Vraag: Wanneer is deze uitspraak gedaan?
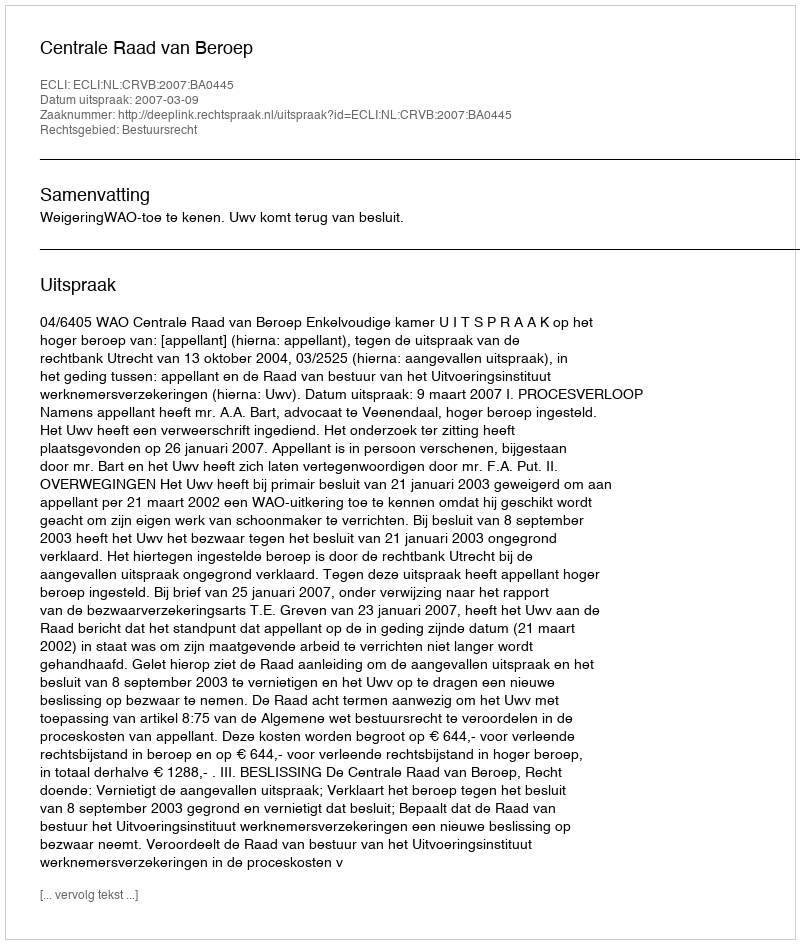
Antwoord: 2007-03-09